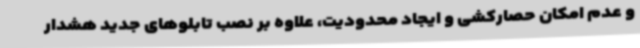
و عدم امکان حصارکشی و ایجاد محدودیت، علاوه بر نصب تابلوهای جدید هشدار